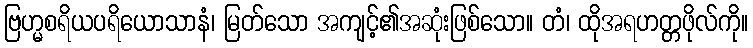
ဗြဟ္မစရိယပရိယောသာနံ၊ မြတ်သော အကျင့်၏အဆုံးဖြစ်သော။ တံ၊ ထိုအရဟတ္တဖိုလ်ကို။